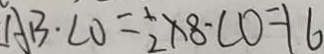
A B \cdot C 0 = \frac { 1 } { 2 } \times 8 - C O = 1 6